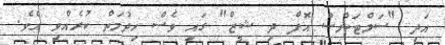
އަދި "ސަލްޓަންސް އޮފް ދި ޝީޒް" ގައި ވެސް ހިދުމަތް ކުރެއްވި އެވެ.